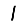
Digit: 1